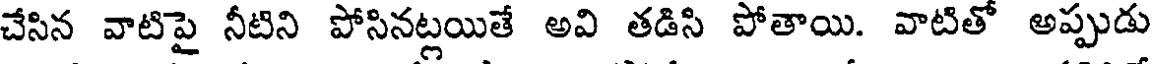
చేసిన వాటిపై నీటిని పోసినట్లయితే అవి తడిసి పోతాయి. వాటితో అప్పుడు